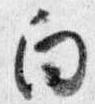
向